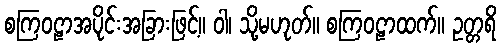
စကြဝဠာအပိုင်းအခြားဖြင့်။ ဝါ၊ သို့မဟုတ်။ စကြဝဠာထက်။ ဥတ္တရိ